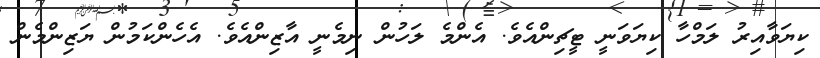
ކިޔަވާއިރު ލަމްހާ ކިޔަވަނީ ޓީޗިންއެވެ. އެންމެ ލަހުން ނިމެނީ އާޒިންއެވެ. އެހެންކަމުން ޔަޒިންމެން